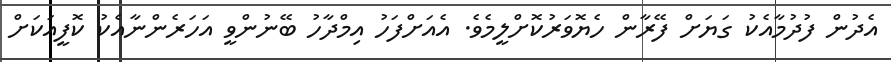
އެދުން ފުދުމާއެކު ގަޔަށް ފޭރާން ހެޔޮވަރުކޮށްލީމެވެ. އެއަށްފަހު އިމްދާހު ބޭނުންވީ އަަހަރެންނާއެކު ކޮފީއަކަށް